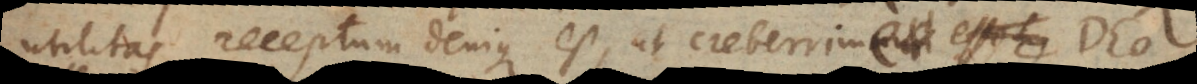
utilitas receptum denique est, ut creberrime Deo